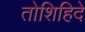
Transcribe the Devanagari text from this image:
तोशिहिदे